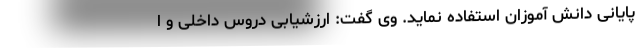
پایانی دانش آموزان استفاده نماید. وی گفت: ارزشیابی دروس داخلی و ا